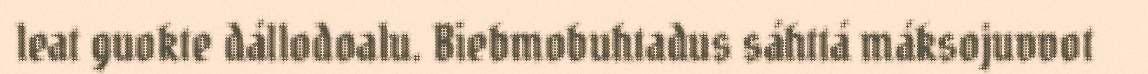
leat guokte dállodoalu. Biebmobuhtadus sáhttá máksojuvvot